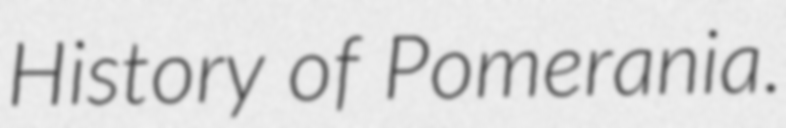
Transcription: History of Pomerania.